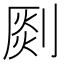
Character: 㓹